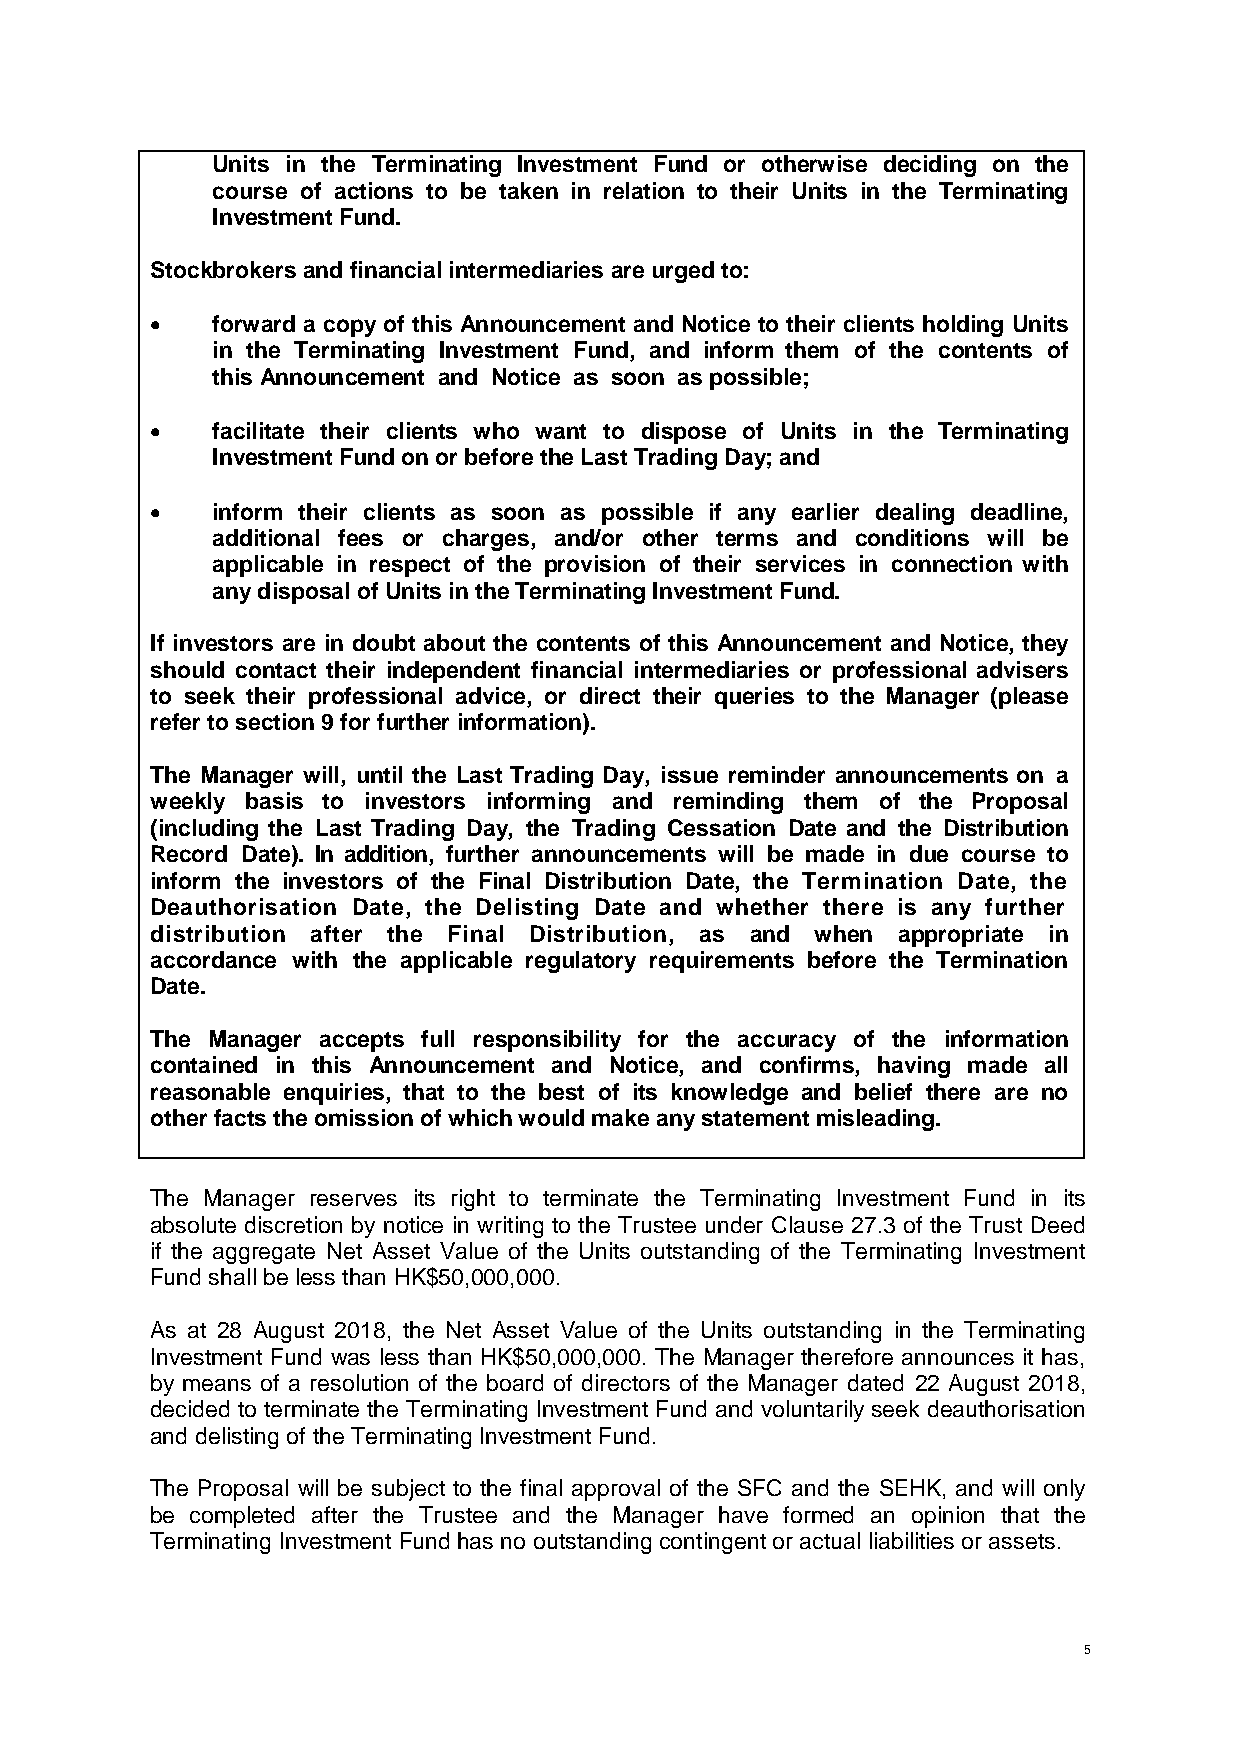
Units in the Terminating Investment Fund or otherwise deciding on the
 course of actions to be taken in relation to their Units in the Terminating
 Investment Fund.
 Stockbrokers and financial intermediaries are urged to:
    forward a copy of this Announcement and Notice to their clients holding Units
 in the Terminating Investment Fund, and inform them of the contents of
 this Announcement and Notice as soon as possible;
    facilitate their clients who want to dispose of Units in the Terminating
 Investment Fund on or before the Last Trading Day; and
    inform their clients as soon as possible if any earlier dealing deadline,
 additional fees or charges, and/or other terms and conditions will be
 applicable in respect of the provision of their services in connection with
 any disposal of Units in the Terminating Investment Fund.
 If investors are in doubt about the contents of this Announcement and Notice, they
 should contact their independent financial intermediaries or professional advisers
 to seek their professional advice, or direct their queries to the Manager (please
 refer to section 9 for further information).
 The Manager will, until the Last Trading Day, issue reminder announcements on a
 weekly basis to investors informing and reminding them of the Proposal
 (including the Last Trading Day, the Trading Cessation Date and the Distribution
 Record Date). In addition, further announcements will be made in due course to
 inform the investors of the Final Distribution Date, the Termination Date, the
 Deauthorisation Date, the Delisting Date and whether there is any further
 distribution after the Final Distribution, as and when appropriate in
 accordance with the applicable regulatory requirements before the Termination
 Date.
 The Manager accepts full responsibility for the accuracy of the information
 contained in this Announcement and Notice, and confirms, having made all
 reasonable enquiries, that to the best of its knowledge and belief there are no
 other facts the omission of which would make any statement misleading.
 The Manager reserves its right to terminate the Terminating Investment Fund in its
 absolute discretion by notice in writing to the Trustee under Clause 27.3 of the Trust Deed
 if the aggregate Net Asset Value of the Units outstanding of the Terminating Investment
 Fund shall be less than HK$50,000,000.
 As at 28 August 2018, the Net Asset Value of the Units outstanding in the Terminating
 Investment Fund was less than HK$50,000,000. The Manager therefore announces it has,
 by means of a resolution of the board of directors of the Manager dated 22 August 2018,
 decided to terminate the Terminating Investment Fund and voluntarily seek deauthorisation
 and delisting of the Terminating Investment Fund.
 The Proposal will be subject to the final approval of the SFC and the SEHK, and will only
 be completed after the Trustee and the Manager have formed an opinion that the
 Terminating Investment Fund has no outstanding contingent or actual liabilities or assets.
 5